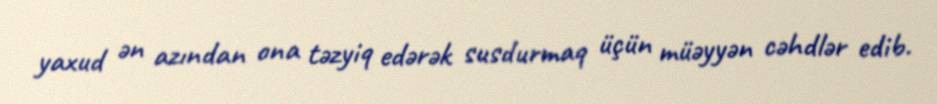
yaxud ən azından ona təzyiq edərək susdurmaq üçün müəyyən cəhdlər edib.